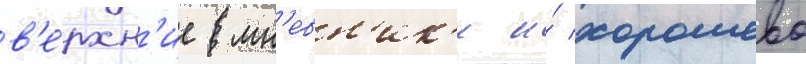
в'е́рхн'ие мн'евн'ик'и и́ хорошево